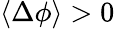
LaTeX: \langle\Delta\phi\rangle>0